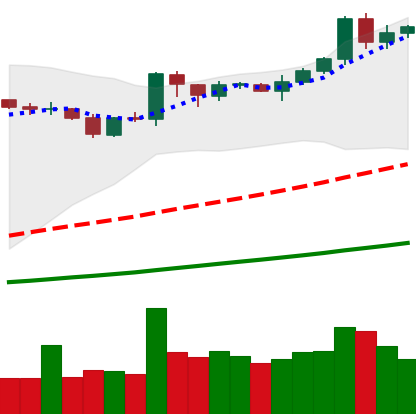
Ticker: BNB-USD
Chart end date: 2019-04-05
Forward return: -6.194%
Label: down_5_7